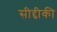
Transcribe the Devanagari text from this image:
सीद्दीकी